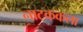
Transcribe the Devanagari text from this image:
नाटककला